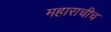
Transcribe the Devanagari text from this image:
महाराचीच